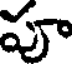
పూ